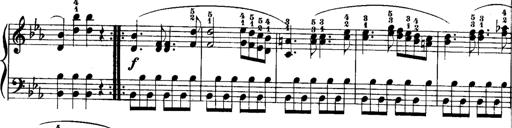
Title: Rondos and Sonatinas for Pianoforte
Composer: Daniel Steibelt